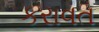
કરાવત